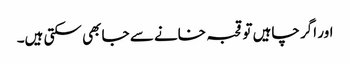
اور اگر چاہیں تو قحبہ خانے سے جا بھی سکتی ہیں۔